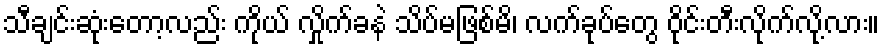
သီချင်းဆုံးတော့လည်း ကိုယ် လှိုက်ခနဲ သိပ်မဖြစ်မိ၊ လက်ခုပ်တွေ ဝိုင်းတီးလိုက်လို့လား။